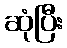
ဆုံပြီး